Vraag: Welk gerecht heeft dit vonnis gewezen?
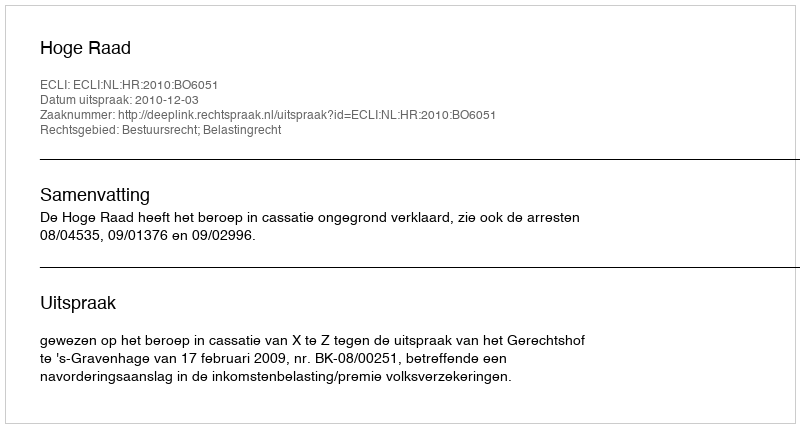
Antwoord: Hoge Raad